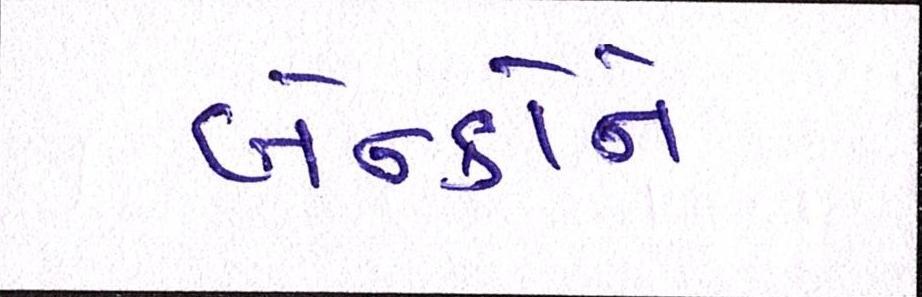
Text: બેન્કોને